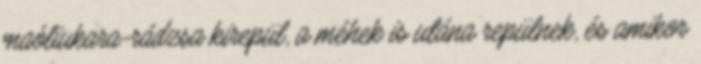
maóliukara-rádzsa kirepül, a méhek is utána repülnek, és amikor